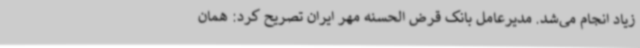
زیاد انجام می‌شد. مدیرعامل بانک قرض الحسنه مهر ایران تصریح کرد: همان